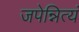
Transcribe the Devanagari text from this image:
जपेन्नित्यं